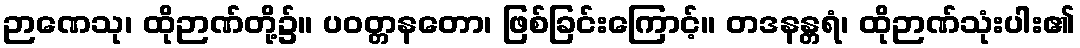
ဉာဏေသု၊ ထိုဉာဏ်တို့၌။ ပဝတ္တနတော၊ ဖြစ်ခြင်းကြောင့်။ တဒနန္တရံ၊ ထိုဉာဏ်သုံးပါး၏